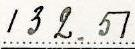
132.51